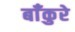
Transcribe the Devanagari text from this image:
बाँकुरे